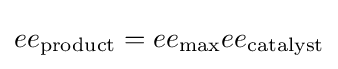
ee_{\text{product}}=ee_{\max }ee_{\text{catalyst}}